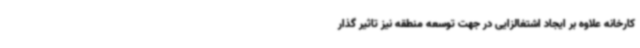
کارخانه علاوه بر ایجاد اشتغالزایی در جهت توسعه منطقه نیز تاثیر گذار